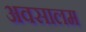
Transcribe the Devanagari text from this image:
अवसालम